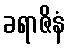
ခရာဇိနံ